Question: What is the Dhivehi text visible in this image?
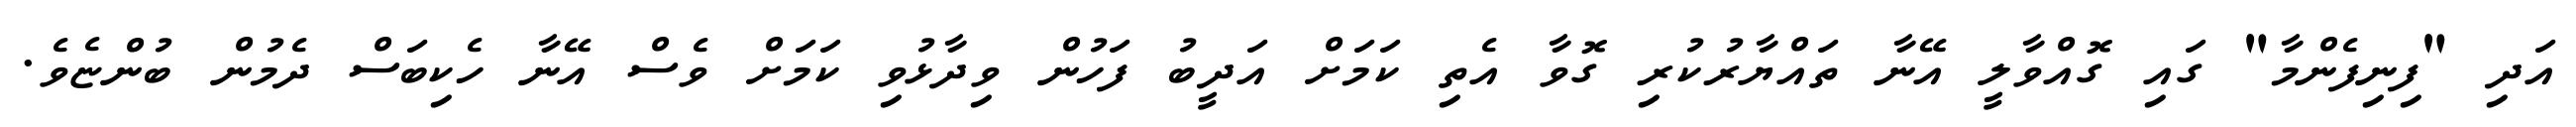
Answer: އަދި "ފިނިފެންމާ" ގައި ގޮއްވާލީ އޭނާ ތައްޔާރުކުރި ގޮވާ އެތި ކަމަށް އަދީބު ފަހުން ވިދާޅުވި ކަމަށް ވެސް އޭނާ ހެކިބަސް ދެމުން ބުންޏެވެ.